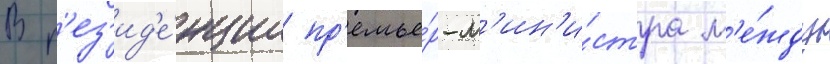
В р'ез'ид'е́нции пр'емье́р-м'ин'и́стра м'е́жду